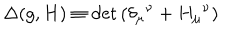
\Delta ( g , H ) \equiv \det { \left( \delta _ { \mu } { } ^ { \nu } + H _ { \mu } { } ^ { \nu } \right) }